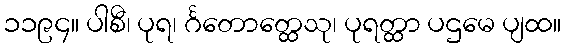
၁၁၉၄။ ပါစီ၊ ပုရ၊ င်္ဂတောတ္ထေသု၊ ပုရတ္ထာ ပဌမေ ပျထ။